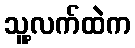
သူ့လက်ထဲက